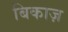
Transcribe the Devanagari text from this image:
बिकाज़